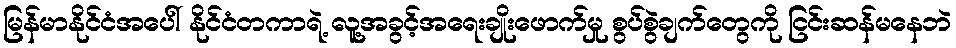
မြန်မာနိုင်ငံအပေါ် နိုင်ငံတကာရဲ့ လူ့အခွင့်အရေးချိုးဖောက်မှု စွပ်စွဲချက်တွေကို ငြင်းဆန်မနေဘဲ